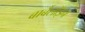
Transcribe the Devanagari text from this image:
बार्बैलॉइन